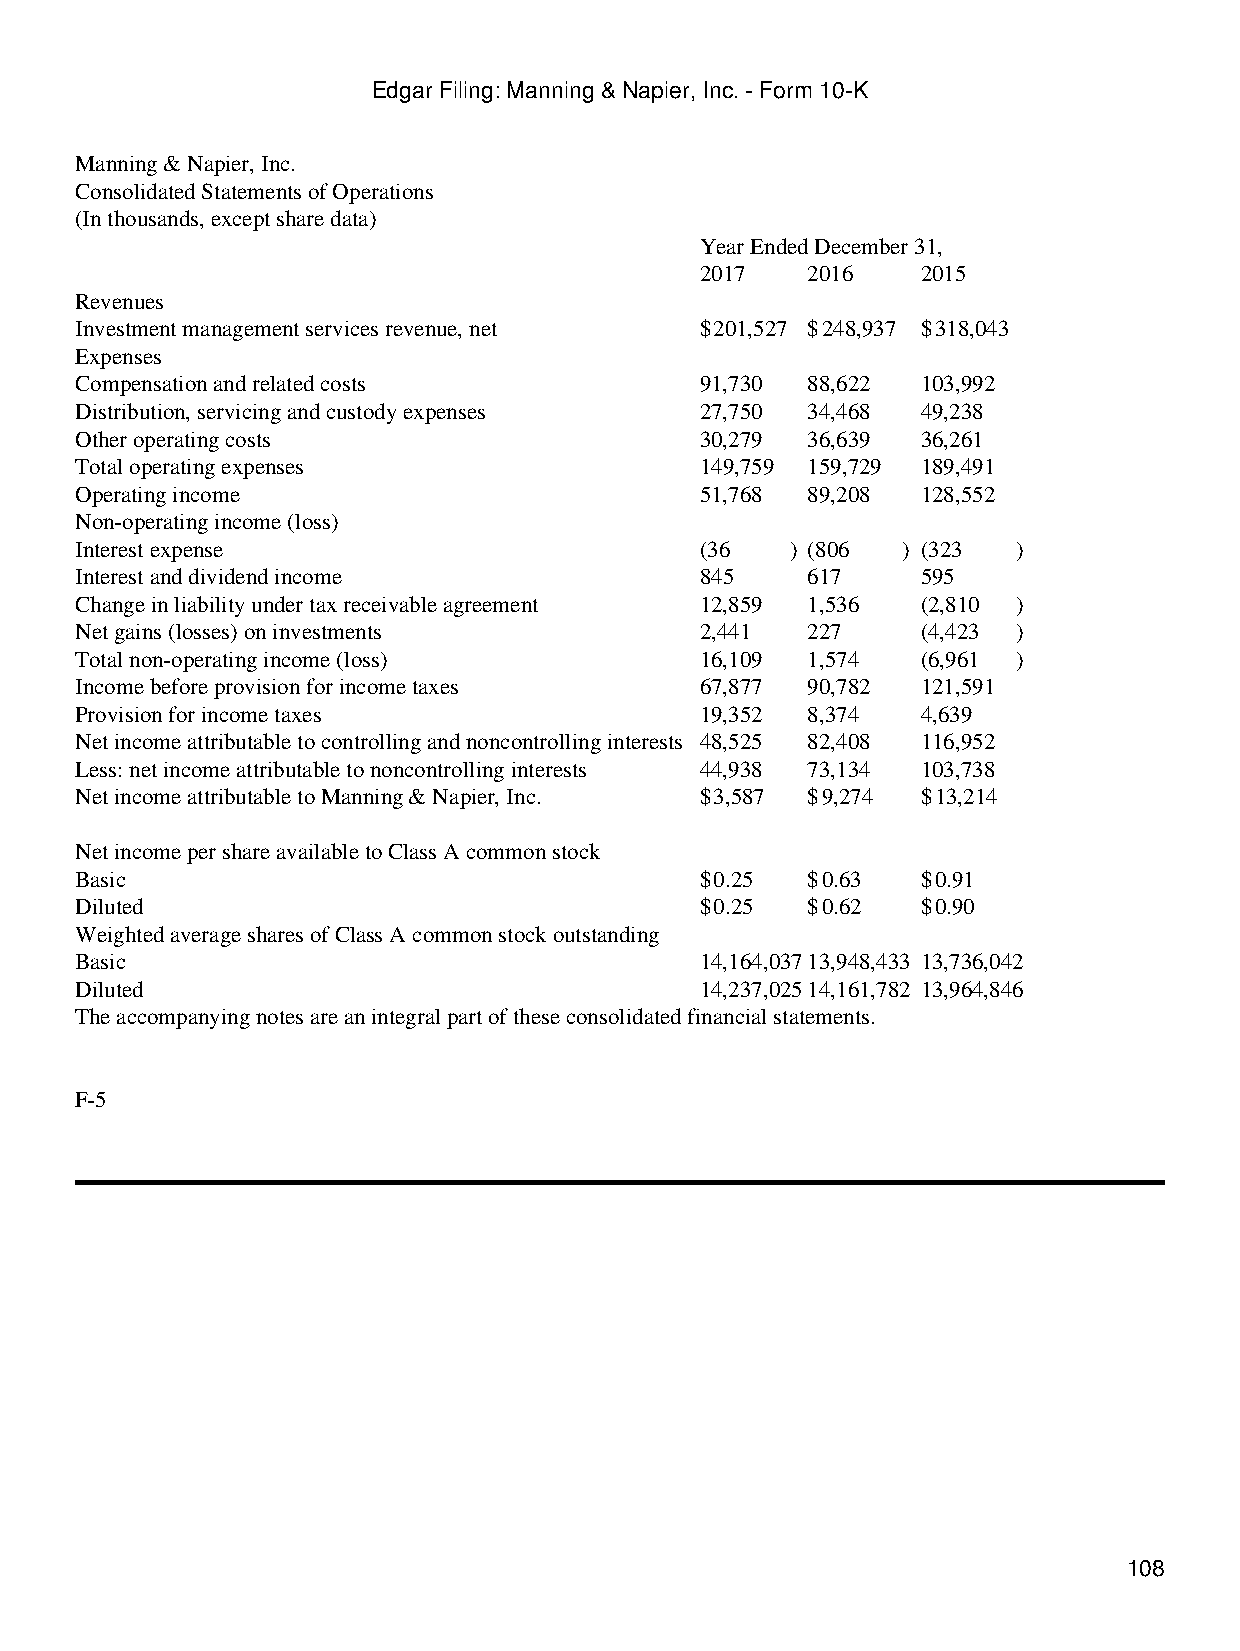
Edgar Filing: Manning & Napier, Inc. - Form 10-K
 Manning & Napier, Inc.
 Consolidated Statements of Operations
 (In thousands, except share data)
 Year Ended December 31,
 2017   2016    2015
 Revenues
 Investment management services revenue, net $201,527 $248,937 $318,043
 Expenses
 Compensation and related costs           91,730 88,622  103,992
 Distribution, servicing and custody expenses 27,750 34,468 49,238
 Other operating costs                    30,279 36,639  36,261
 Total operating expenses                 149,759 159,729 189,491
 Operating income                         51,768 89,208  128,552
 Non-operating income (loss)
 Interest expense                         (36   ) (806  ) (323 )
 Interest and dividend income             845    617     595
 Change in liability under tax receivable agreement 12,859 1,536 (2,810 )
 Net gains (losses) on investments        2,441  227     (4,423 )
 Total non-operating income (loss)        16,109 1,574   (6,961 )
 Income before provision for income taxes 67,877 90,782  121,591
 Provision for income taxes               19,352 8,374   4,639
 Net income attributable to controlling and noncontrolling interests 48,525 82,408 116,952
 Less: net income attributable to noncontrolling interests 44,938 73,134 103,738
 Net income attributable to Manning & Napier, Inc. $3,587 $9,274 $13,214
 Net income per share available to Class A common stock
 Basic                                    $0.25  $0.63   $0.91
 Diluted                                  $0.25  $0.62   $0.90
 Weighted average shares of Class A common stock outstanding
 Basic                                    14,164,03713,948,433 13,736,042
 Diluted                                  14,237,02514,161,782 13,964,846
 The accompanying notes are an integral part of these consolidated financial statements.
 F-5
 108